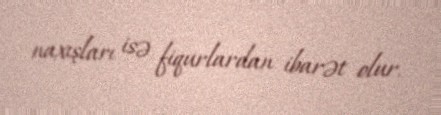
naxışları isə fiqurlardan ibarət olur.